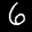
Label: 6